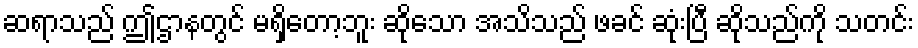
ဆရာသည် ဤဌာနတွင် မရှိတော့ဘူး ဆိုသော အသိသည် ဖခင် ဆုံးပြီ ဆိုသည်ကို သတင်း